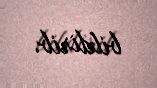
bildirib.